Civil Veterinary Dept. Assam report 1927-50 - 1927-1950
Year: 1927
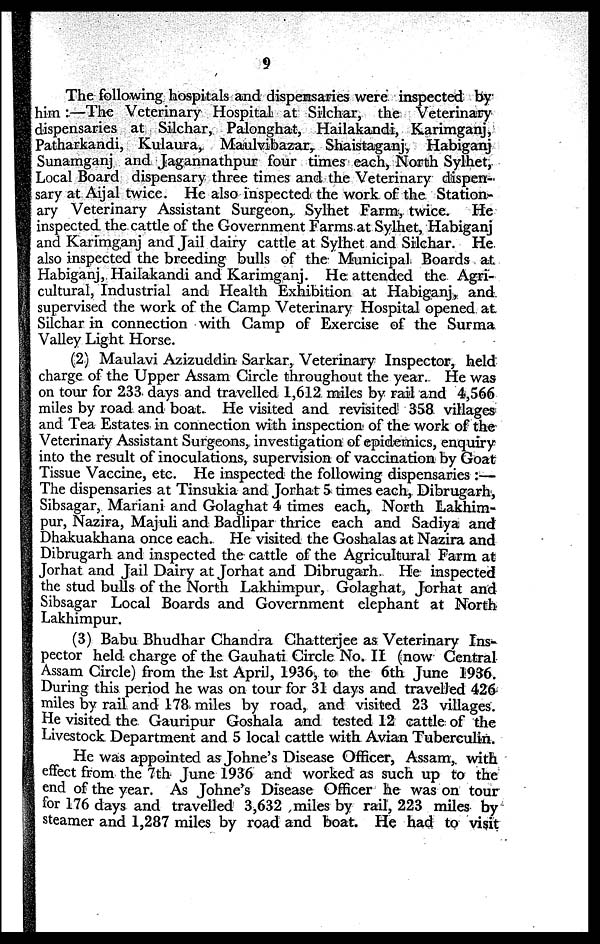
9
The following hospitals and dispensaries were inspected by
him :—The Veterinary Hospital at Silchar, the Veterinary
dispensaries at Silchar, Palonghat, Hailakandi, Karimganj,
Patharkandi, Kulaura, Maulvibazar, Shaistaganj, Habiganj
Sunamganj and Jagannathpur four times each, North Sylhet,
Local Board dispensary three times and the Veterinary dispen-
sary at Aijal twice. He also inspected the work of the Station-
ary Veterinary Assistant Surgeon, Sylhet Farm, twice. He
inspected the cattle of the Government Farms at Sylhet, Habiganj
and Karimganj and Jail dairy cattle at Sylhet and Silchar. He
also inspected the breeding bulls of the Municipal Boards at
Habiganj, Hailakandi and Karimganj. He attended the Agri-
cultural, Industrial and Health Exhibition at Habiganj, and
supervised the work of the Camp Veterinary Hospital opened at
Silchar in connection with Camp of Exercise of the Surma
Valley Light Horse.
(2) Maulavi Azizuddin Sarkar, Veterinary Inspector, held
charge of the Upper Assam Circle throughout the year. He was
on tour for 233 days and travelled 1,612 miles by rail and 4,566
miles by road and boat. He visited and revisited 358 villages
and Tea Estates in connection with inspection of the work of the
Veterinary Assistant Surgeons, investigation of epidemics, enquiry
into the result of inoculations, supervision of vaccination by Goat
Tissue Vaccine, etc. He inspected the following dispensaries :—
The dispensaries at Tinsukia and Jorhat 5 times each, Dibrugarh,
Sibsagar, Mariani and Golaghat 4 times each, North Lakhim-
pur, Nazira, Majuli and Badlipar thrice each and Sadiya and
Dhakuakhana once each. He visited the Goshalas at Nazira and
Dibrugarh and inspected the cattle of the Agricultural Farm at
Jorhat and Jail Dairy at Jorhat and Dibrugarh. He inspected
the stud bulls of the North Lakhimpur, Golaghat, Jorhat and
Sibsagar Local Boards and Government elephant at North
Lakhimpur.
(3) Babu Bhudhar Chandra Chatterjee as Veterinary Ins-
pector held charge of the Gauhati Circle No. II (now Central
Assam Circle) from the 1st April, 1936, to the 6th June 1936.
During this period he was on tour for 31 days and travelled 426
miles by rail and 178 miles by road, and visited 23 villages.
He visited the Gauripur Goshala and tested 12 cattle of the
Livestock Department and 5 local cattle with Avian Tuberculin.
He was appointed as Johne's Disease Officer, Assam, with
effect from the 7th June 1936 and worked as such up to the
end of the year. As Johne's Disease Officer he was on tour
for 176 days and travelled 3,632 miles by rail, 223 miles by
steamer and 1,287 miles by road and boat. He had to visit